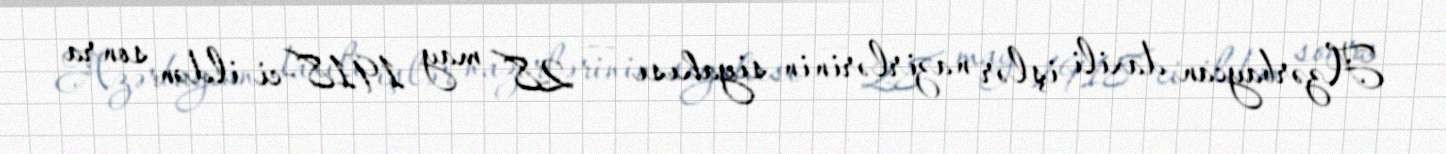
Azərbaycan daxili işlər nazirlərinin siyahısı — 28 may 1918-ci ildən sonra